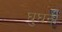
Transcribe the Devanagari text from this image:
घुघनी